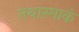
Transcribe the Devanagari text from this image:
तथास्माकं